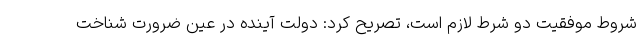
شروط موفقیت دو شرط لازم است، تصریح کرد: دولت آینده در عین ضرورت شناخت